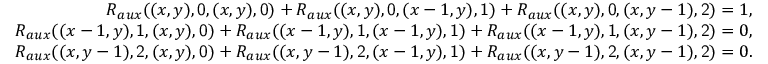
\begin{array} { r } { R _ { a u x } ( ( x , y ) , \mathsf { 0 } , ( x , y ) , \mathsf { 0 } ) + R _ { a u x } ( ( x , y ) , \mathsf { 0 } , ( x - 1 , y ) , \mathsf { 1 } ) + R _ { a u x } ( ( x , y ) , \mathsf { 0 } , ( x , y - 1 ) , \mathsf { 2 } ) = 1 , } \\ { R _ { a u x } ( ( x - 1 , y ) , \mathsf { 1 } , ( x , y ) , \mathsf { 0 } ) + R _ { a u x } ( ( x - 1 , y ) , \mathsf { 1 } , ( x - 1 , y ) , \mathsf { 1 } ) + R _ { a u x } ( ( x - 1 , y ) , \mathsf { 1 } , ( x , y - 1 ) , \mathsf { 2 } ) = 0 , } \\ { R _ { a u x } ( ( x , y - 1 ) , \mathsf { 2 } , ( x , y ) , \mathsf { 0 } ) + R _ { a u x } ( ( x , y - 1 ) , \mathsf { 2 } , ( x - 1 , y ) , \mathsf { 1 } ) + R _ { a u x } ( ( x , y - 1 ) , \mathsf { 2 } , ( x , y - 1 ) , \mathsf { 2 } ) = 0 . } \end{array}